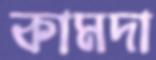
কামদা